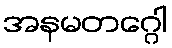
အနမတဂ္ဂေါ